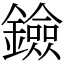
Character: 鐱